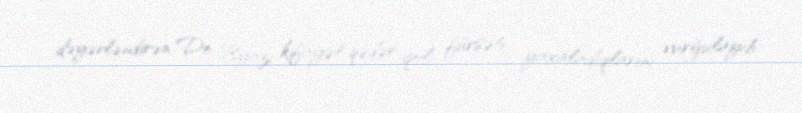
dəyərləndirən De Byazi kifayət qədər qol fürsəti yaxaladıqlarını vurğulayıb: